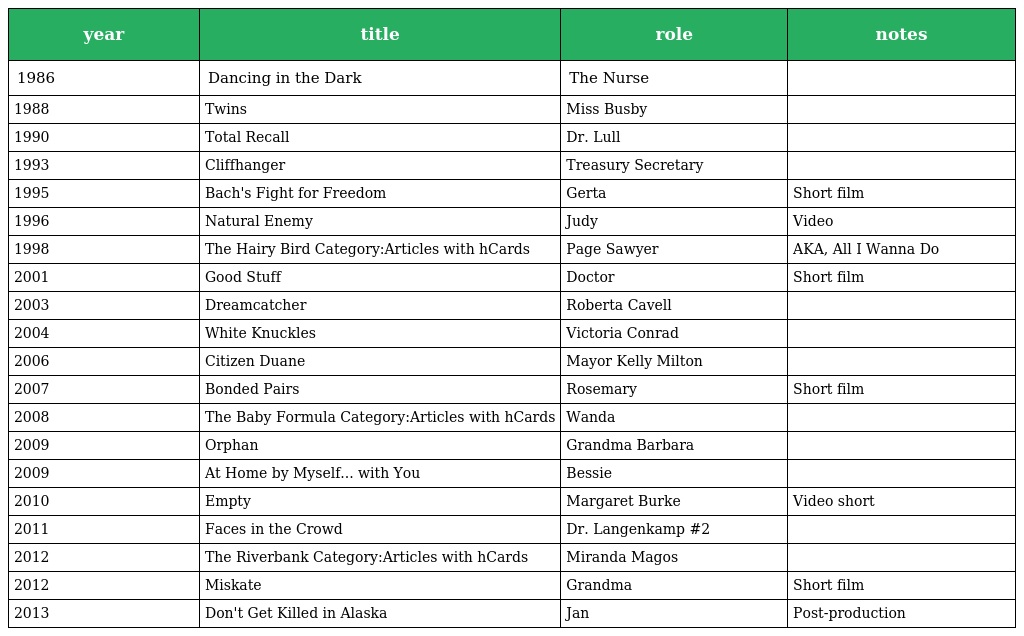
| year | title | role | notes |
 | --- | --- | --- | --- |
 | 1986 | Dancing in the Dark | The Nurse |  |
 | 1988 | Twins | Miss Busby |  |
 | 1990 | Total Recall | Dr. Lull |  |
 | 1993 | Cliffhanger | Treasury Secretary |  |
 | 1995 | Bach's Fight for Freedom | Gerta | Short film |
 | 1996 | Natural Enemy | Judy | Video |
 | 1998 | The Hairy Bird Category:Articles with hCards | Page Sawyer | AKA, All I Wanna Do |
 | 2001 | Good Stuff | Doctor | Short film |
 | 2003 | Dreamcatcher | Roberta Cavell |  |
 | 2004 | White Knuckles | Victoria Conrad |  |
 | 2006 | Citizen Duane | Mayor Kelly Milton |  |
 | 2007 | Bonded Pairs | Rosemary | Short film |
 | 2008 | The Baby Formula Category:Articles with hCards | Wanda |  |
 | 2009 | Orphan | Grandma Barbara |  |
 | 2009 | At Home by Myself... with You | Bessie |  |
 | 2010 | Empty | Margaret Burke | Video short |
 | 2011 | Faces in the Crowd | Dr. Langenkamp #2 |  |
 | 2012 | The Riverbank Category:Articles with hCards | Miranda Magos |  |
 | 2012 | Miskate | Grandma | Short film |
 | 2013 | Don't Get Killed in Alaska | Jan | Post-production |